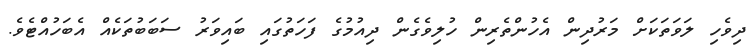
ދިވެހި ލަވަތަކަށް މަރުދިން އެހުންތެރިން ހުލިވެގެން ދިއުމުގެ ފަހަތުގައި ބައިވަރު ސަބަބުތަކެއް އެބަހުއްޓެވެ.